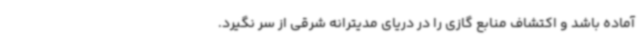
آماده باشد و اکتشاف منابع گازی را در دریای مدیترانه شرقی از سر نگیرد.